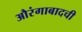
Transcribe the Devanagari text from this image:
औरंगाबादची